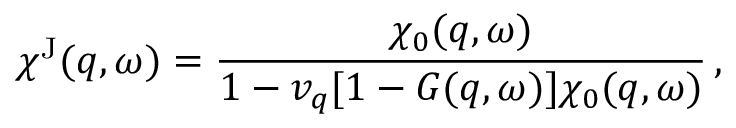
\chi ^ { \mathrm { J } } ( q , \omega ) = \frac { \chi _ { 0 } ( q , \omega ) } { 1 - v _ { q } [ 1 - G ( q , \omega ) ] \chi _ { 0 } ( q , \omega ) } \, ,